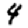
Digit: 4